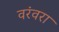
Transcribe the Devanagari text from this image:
वरंवरा